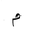
Letter: _mim